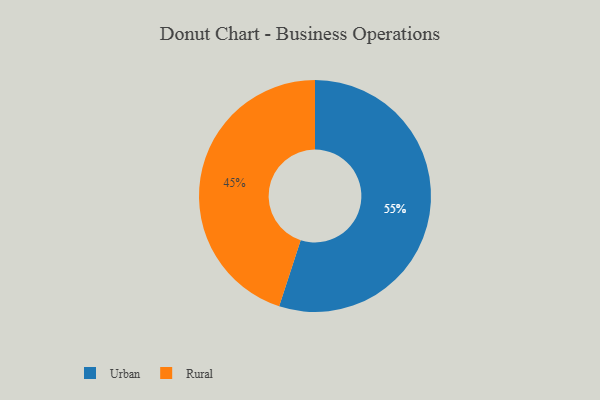
{"axis": {"x": "Category", "y": "Percentage"}, "legend": ["Rural", "Urban"], "data": [{"x": "Rural", "y": 45, "type": "Rural"}, {"x": "Urban", "y": 55, "type": "Urban"}]}